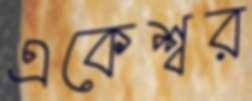
একেশ্বর